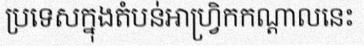
ប្រទេសក្នុងតំបន់អាហ្វ្រិកកណ្តាលនេះ